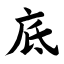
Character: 底